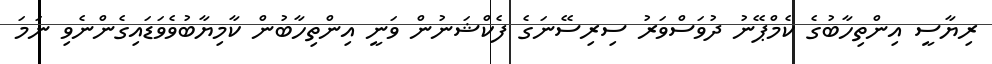
ރިޔާސީ އިންތިހާބުގެ ކެމްޕޭނު ދުވަސްވަރު ސިރިސޭނަގެ ފެކްޝަނުން ވަނީ އިންތިހާބުން ކާމިޔާބުވެވަޑައިގެންނެވި ނަމަ